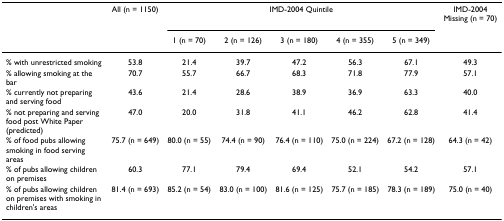
<table><thead><tr><td></td><td><b>All (n = 1150)</b></td><td colspan="5"><b>IMD-2004 Quintile</b></td><td><b>IMD-2004 Missing (n = 70)</b></td></tr><tr><td></td><td></td><td><b>1 (n = 70)</b></td><td><b>2 (n = 126)</b></td><td><b>3 (n = 180)</b></td><td><b>4 (n = 355)</b></td><td><b>5 (n = 349)</b></td><td></td></tr></thead><tbody><tr><td>% with unrestricted smoking</td><td>53.8</td><td>21.4</td><td>39.7</td><td>47.2</td><td>56.3</td><td>67.1</td><td>49.3</td></tr><tr><td>% allowing smoking at the bar</td><td>70.7</td><td>55.7</td><td>66.7</td><td>68.3</td><td>71.8</td><td>77.9</td><td>57.1</td></tr><tr><td>% currently not preparing and serving food</td><td>43.6</td><td>21.4</td><td>28.6</td><td>38.9</td><td>36.9</td><td>63.3</td><td>40.0</td></tr><tr><td>% not preparing and serving food post White Paper (predicted)</td><td>47.0</td><td>20.0</td><td>31.8</td><td>41.1</td><td>46.2</td><td>62.8</td><td>41.4</td></tr><tr><td>% of food pubs allowing smoking in food serving areas</td><td>75.7 (n = 649)</td><td>80.0 (n = 55)</td><td>74.4 (n = 90)</td><td>76.4 (n = 110)</td><td>75.0 (n = 224)</td><td>67.2 (n = 128)</td><td>64.3 (n = 42)</td></tr><tr><td>% of pubs allowing children on premises</td><td>60.3</td><td>77.1</td><td>79.4</td><td>69.4</td><td>52.1</td><td>54.2</td><td>57.1</td></tr><tr><td>% of pubs allowing children on premises with smoking in children&#x27;s areas</td><td>81.4 (n = 693)</td><td>85.2 (n = 54)</td><td>83.0 (n = 100)</td><td>81.6 (n = 125)</td><td>75.7 (n = 185)</td><td>78.3 (n = 189)</td><td>75.0 (n = 40)</td></tr></tbody></table>